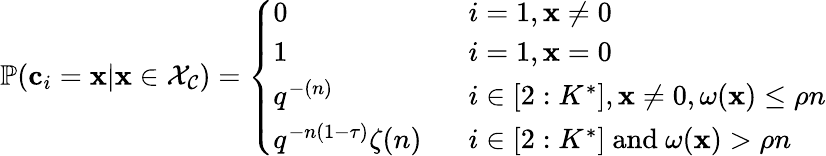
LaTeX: \begin{array}{r}{\mathbb{P}(\mathbf{c}_{i}=\mathbf{x}|\mathbf{x}\in\mathcal{X}_{\mathcal{C}})=\left\{ \begin{array}{ll}{0\: \: \: }&{i=1,\mathbf{x}\neq 0}\\ {1\: \: \: }&{i=1,\mathbf{x}=0}\\ {q^{-(n)}\: \: \: }&{i\in[2:K^{*}],\mathbf{x}\neq 0,\omega(\mathbf{x})\leq\rho n}\\ {q^{-n(1-\tau)}\zeta(n)\: \: \: }&{i\in[2:K^{*}]\mathrm{~and~}\omega(\mathbf{x})>\rho n}\end{array}\right.}\end{array}